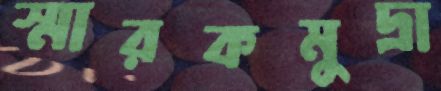
স্মারকমুদ্রা